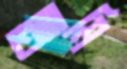
আামি